Scottish Leaving Certificate Examination, 1956
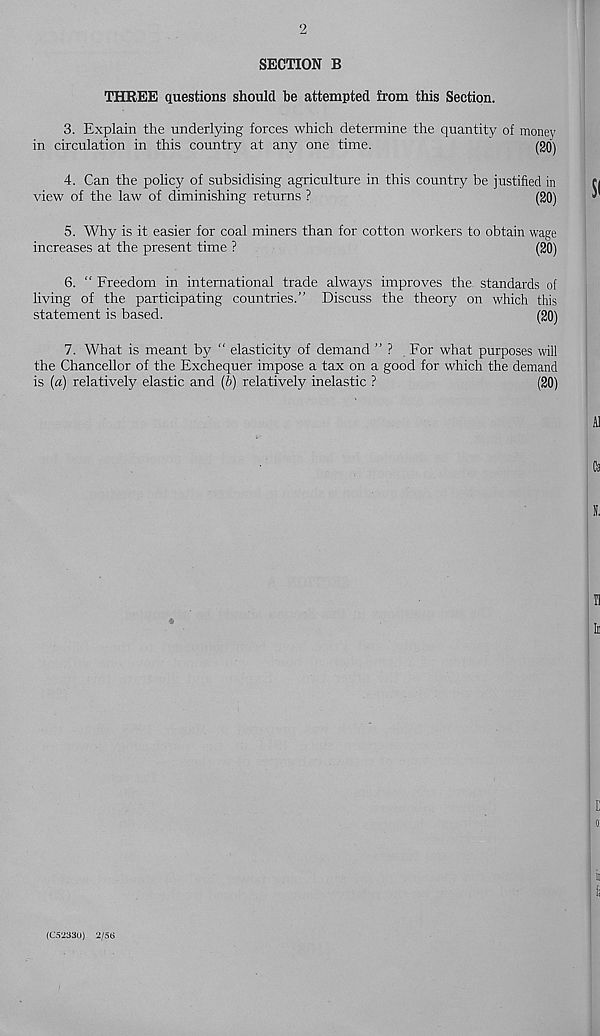
2
SECTION B
THREE questions should he attempted from this Section.
3. Explain the underlying forces which determine the quantity of money
in circulation in this country at any one time.
(20)
4. Can the policy of subsidising agriculture in this country be justified in
view of the law of diminishing returns ?
(20)
5. Why is it easier for coal miners than for cotton workers to obtain wage
increases at the present time ?
(20)
6. “ Freedom in international trade always improves the. standards of
living of the participating countries.” Discuss the theory on which this
statement is based.
(20)
7. What is meant by “ elasticity of demand ” ? For what purposes will
the Chancellor of the Exchequer impose a tax on a good for which the demand
is (a) relatively elastic and (b) relatively inelastic ?
(20)
C
O'
ii
(C52330) 2/5ti